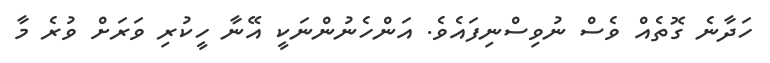
ހަދާނެ ގޮތެއް ވެސް ނުވިސްނިފައެވެ. އަންހެނުންނަކީ އޭނާ ހީކުރި ވަރަށް ވުރެ މާ